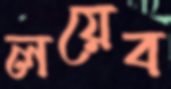
লয়েব